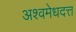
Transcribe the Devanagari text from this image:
अश्वमेधदत्त